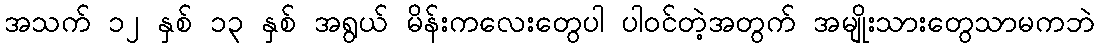
အသက် ၁၂ နှစ် ၁၃ နှစ် အရွယ် မိန်းကလေးတွေပါ ပါဝင်တဲ့အတွက် အမျိုးသားတွေသာမကဘဲ